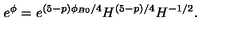
e ^ { \phi } = e ^ { ( 5 - p ) \phi _ { B 0 } / 4 } H ^ { ( 5 - p ) / 4 } H ^ { - 1 / 2 } .